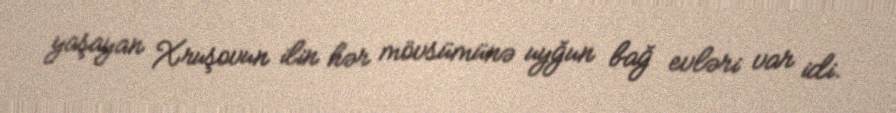
yaşayan Xruşovun ilin hər mövsümünə uyğun bağ evləri var idi.